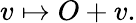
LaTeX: v\mapsto O+v.